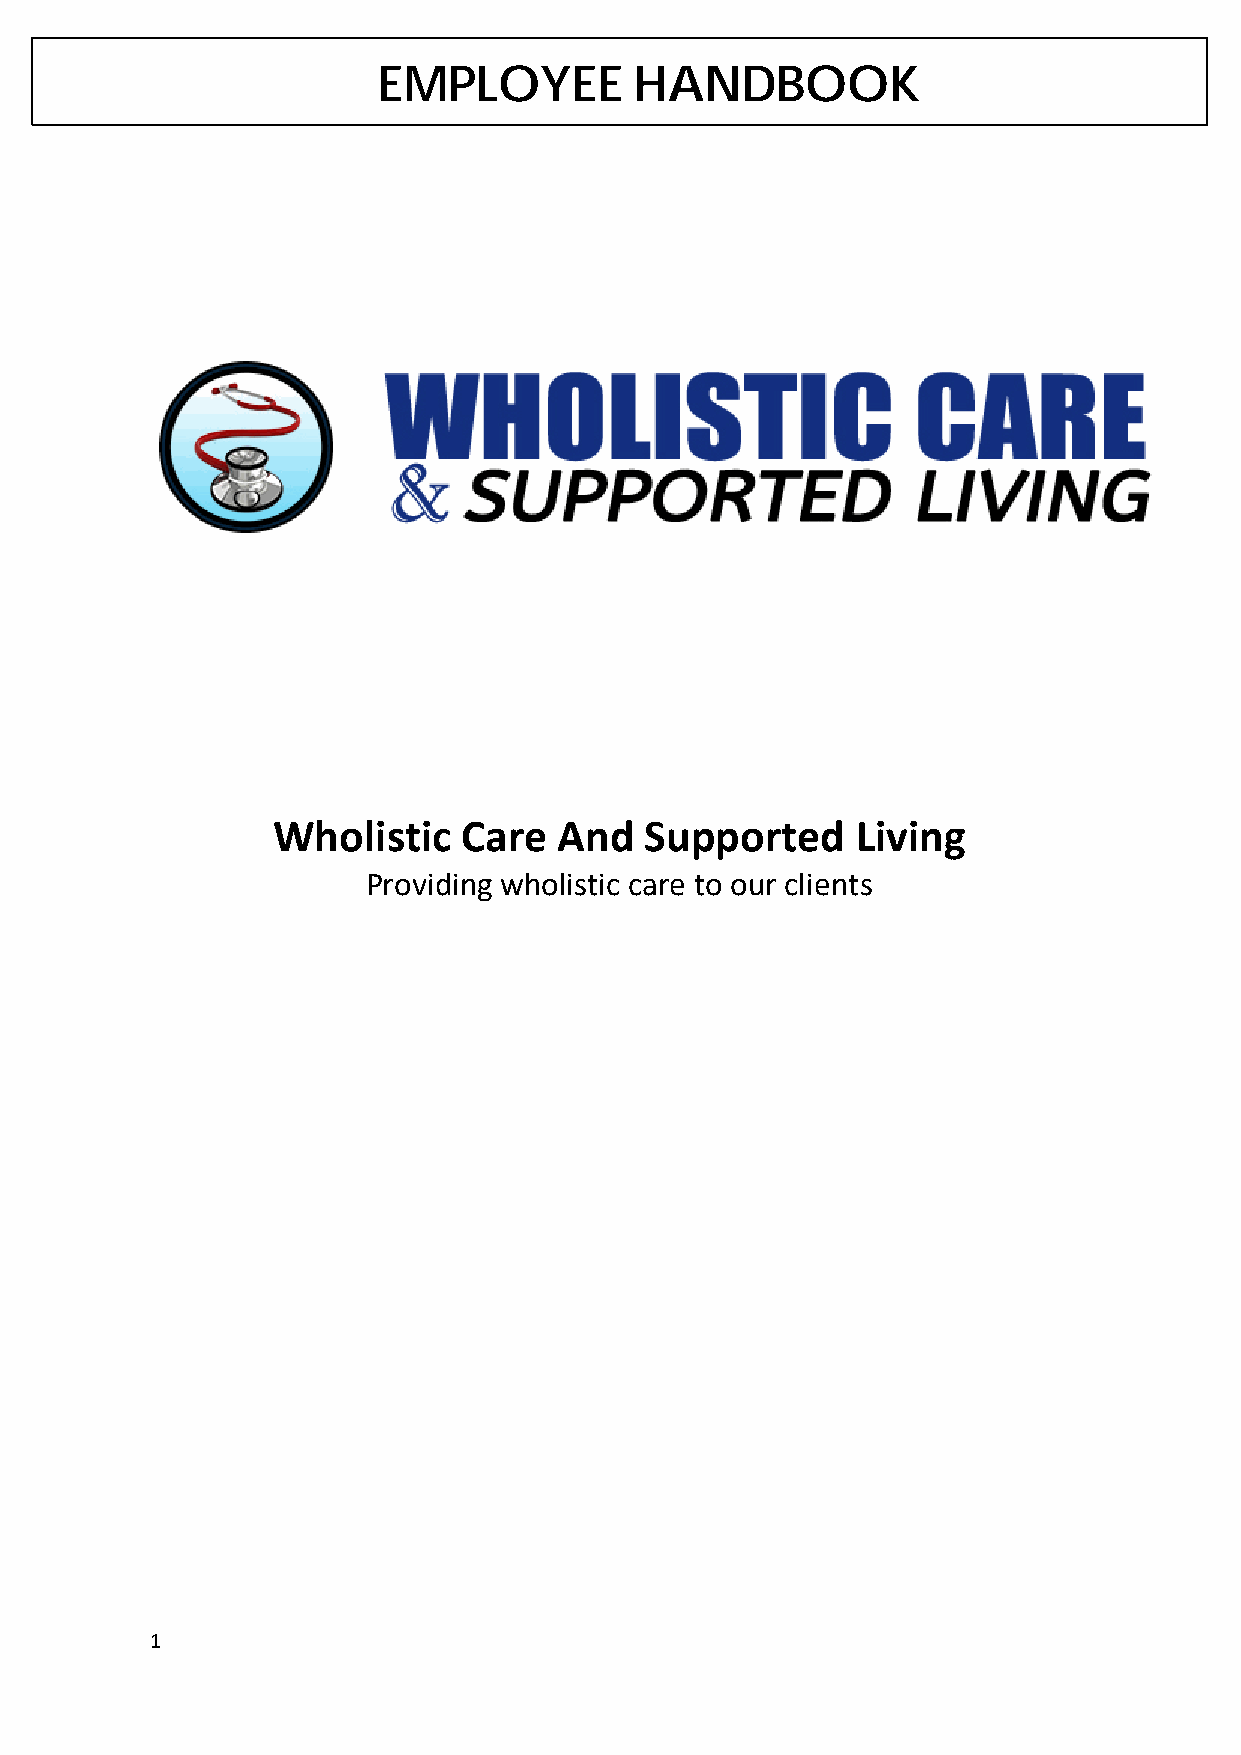
EMPLOYEE         HANDBOOK
 Wholistic    Care  And   Supported     Living
 Providing wholistic care to our clients
 1